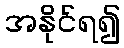
အနိုင်ရ၍